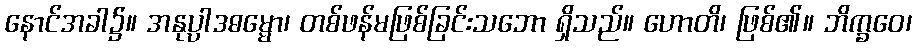
နောင်အခါ၌။ အနုပ္ပါဒဓမ္မော၊ တစ်ဖန်မဖြစ်ခြင်းသဘော ရှိသည်။ ဟောတိ၊ ဖြစ်၏။ ဘိက္ခဝေ၊